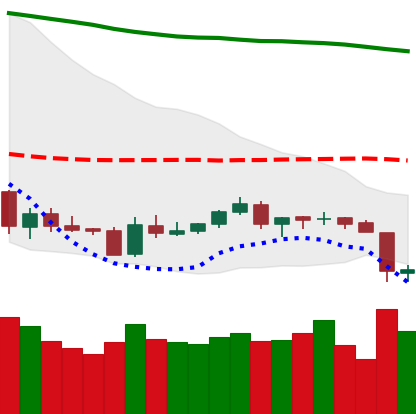
Ticker: LTC-USD
Chart end date: 2018-06-11
Forward return: -9.244%
Label: down_7plus